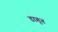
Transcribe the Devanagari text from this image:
डागून